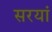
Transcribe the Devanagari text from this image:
सरयां